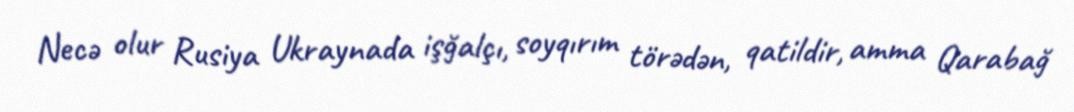
Necə olur Rusiya Ukraynada işğalçı, soyqırım törədən, qatildir, amma Qarabağ